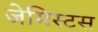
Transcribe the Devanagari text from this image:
जेमिस्टस